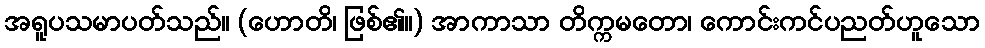
အရူပသမာပတ်သည်။ (ဟောတိ၊ ဖြစ်၏။) အာကာသာ တိက္ကမတော၊ ကောင်းကင်ပညတ်ဟူသော